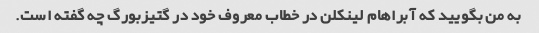
به من بگویید که آبراهام لینکلن در خطاب معروف خود در گتیزبورگ چه گفته است.